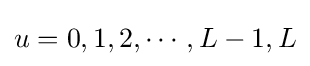
u=0,1,2,\cdots ,L-1,L